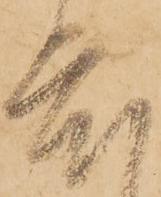
度